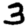
Digit: 3